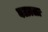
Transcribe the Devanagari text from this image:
बळाला